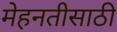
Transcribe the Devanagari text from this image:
मेहनतीसाठी